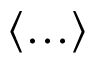
\left\langle \ldots \right\rangle